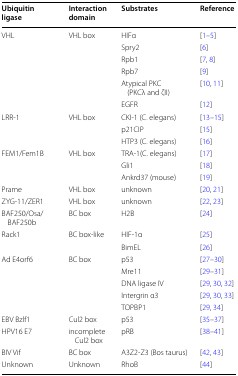
| Ubiquitin ligase | Interaction domain | Substrates | Reference |
 | --- | --- | --- | --- |
 | <ROWSPAN=6> VHL | <ROWSPAN=6> VHL box | HIFα | [1–5] |
 | Spry2 | [6] |
 | Rpb1 | [7, 8] |
 | Rpb7 | [9] |
 | Atypical PKC (PKCλ and ζII) | [10, 11] |
 | EGFR | [12] |
 | <ROWSPAN=3> LRR-1 | <ROWSPAN=3> VHL box | CKI-1 (C. elegans) | [13–15] |
 | p21CIP | [15] |
 | HTP3 (C. elegans) | [16] |
 | <ROWSPAN=3> FEM1/Fem1B | <ROWSPAN=3> VHL box | TRA-1(C. elegans) | [17] |
 | Gli1 | [18] |
 | Ankrd37 (mouse) | [19] |
 | Prame | VHL box | unknown | [20, 21] |
 | ZYG-11/ZER1 | VHL box | unknown | [22, 23] |
 | BAF250/Osa/BAF250b | BC box | H2B | [24] |
 | <ROWSPAN=2> Rack1 | <ROWSPAN=2> BC box-like | HIF-1α | [25] |
 | BimEL | [26] |
 | <ROWSPAN=5> Ad E4orf6 | <ROWSPAN=5> BC box | p53 | [27–30] |
 | Mre11 | [29–31] |
 | DNA ligase IV | [29, 30, 32] |
 | Intergrin α3 | [29, 30, 33] |
 | TOPBP1 | [29, 34] |
 | EBV Bzlf1 | Cul2 box | p53 | [35–37] |
 | HPV16 E7 | incomplete Cul2 box | pRB | [38–41] |
 | BIV Vif | BC box | A3Z2-Z3 (Bos taurus) | [42, 43] |
 | Unknown | Unknown | RhoB | [44] |